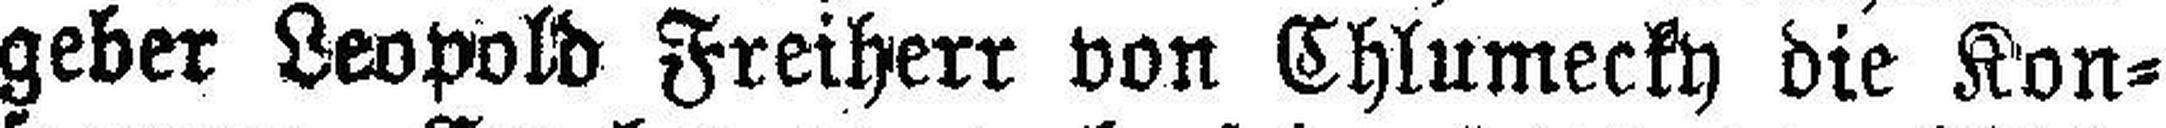
geber Leopold Freiherr von Chlumecky die Kon¬